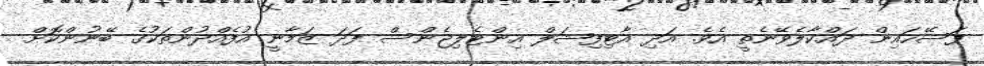
ފަސޭހައިން ދައްކާލެވޭނެތީ އެވެ. އަދި އާޓިފިޝަލް އިންޓެލިޖެންސް ފަދަ ޒަމާނީ އުފެއްދުންތަކުގެ ބޭނުންކޮށް